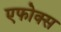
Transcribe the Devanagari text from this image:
एफोक्स